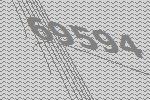
69594